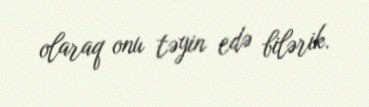
olaraq onu təyin edə bilərik.